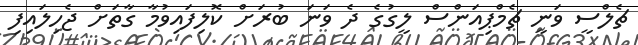
ޗެލްސީ ވަނީ ޗެމްޕިއަންސް ލީގުގެ ދެ ވަނަ ބުރަށް ކޮލިފައިވުމާ ގާތަށް ޖެހިލައިފި